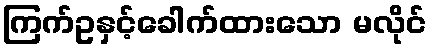
ကြက်ဥနှင့်ခေါက်ထားသော မလိုင်